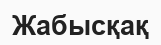
Жабысқақ